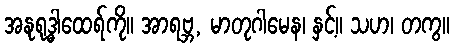
အနုရုဒ္ဓါထေရ်ကို။ အာရဗ္ဘ, မာတုဂါမေန၊ နှင့်။ သဟ၊ တကွ။